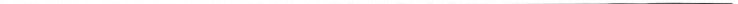
___